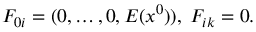
F _ { 0 i } = ( 0 , \ldots , 0 , E ( x ^ { 0 } ) ) , \; F _ { i k } = 0 .